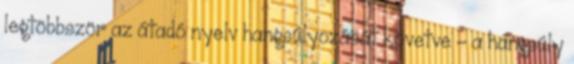
legtöbbször az átadó nyelv hangsúlyozását követve – a hangsúly